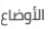
الأوضاع